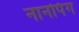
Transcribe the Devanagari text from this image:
नानपिंग